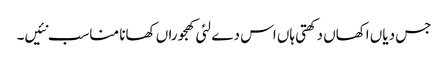
جس دیاں اکھاں دکھتی ہاں اس دے لئی کھجوراں کھانا مناسب نئیں۔